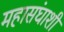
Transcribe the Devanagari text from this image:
महासंघाशी